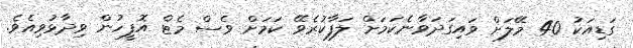
ގަޑިއަކު 40 މޭލަށް ވައިގަދަވާނެކަމަށް ލަފާކުރެވޭ ކަމަށް ވެސް މެޓް އޮފީހުން ވިދާޅުވިއެވެ.